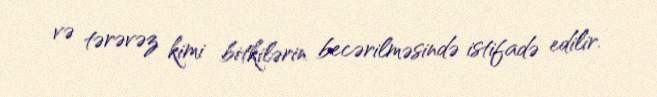
və tərəvəz kimi bitkilərin becərilməsində istifadə edilir.